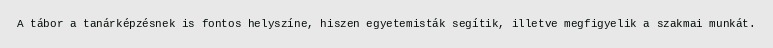
A tábor a tanárképzésnek is fontos helyszíne, hiszen egyetemisták segítik, illetve megfigyelik a szakmai munkát.